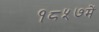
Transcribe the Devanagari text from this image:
१८५७में